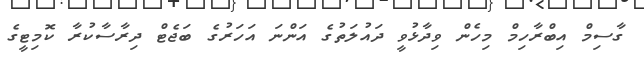
ގާސިމް އިބްރާހިމް މިހެން ވިދާޅުވީ ދައުލަތުގެ އަންނަ އަހަރުގެ ބަޖެޓް ދިރާސާކުރާ ކޮމިޓީގެ